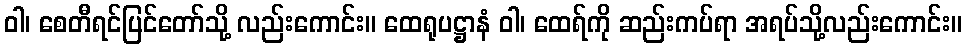
ဝါ၊ စေတီရင်ပြင်တော်သို့ လည်းကောင်း။ ထေရုပဋ္ဌာနံ ဝါ၊ ထေရ်ကို ဆည်းကပ်ရာ အရပ်သို့လည်းကောင်း။